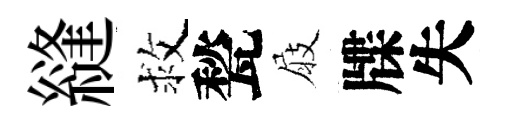
縫救甃屐牒失